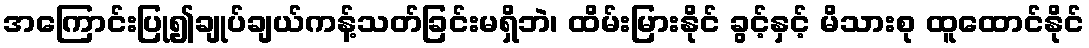
အကြောင်းပြု၍ချုပ်ချယ်ကန့်သတ်ခြင်းမရှိဘဲ၊ ထိမ်းမြားနိုင် ခွင့်နှင့် မိသားစု ထူထောင်နိုင်